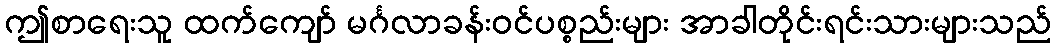
ဤစာရေးသူ ထက်ကျော် မင်္ဂလာခန်းဝင်ပစ္စည်းများ အာခါတိုင်းရင်းသားများသည်